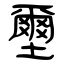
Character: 壐